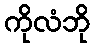
ကိုလံဘို